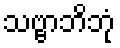
သဗ္ဗာဘိဘုံ